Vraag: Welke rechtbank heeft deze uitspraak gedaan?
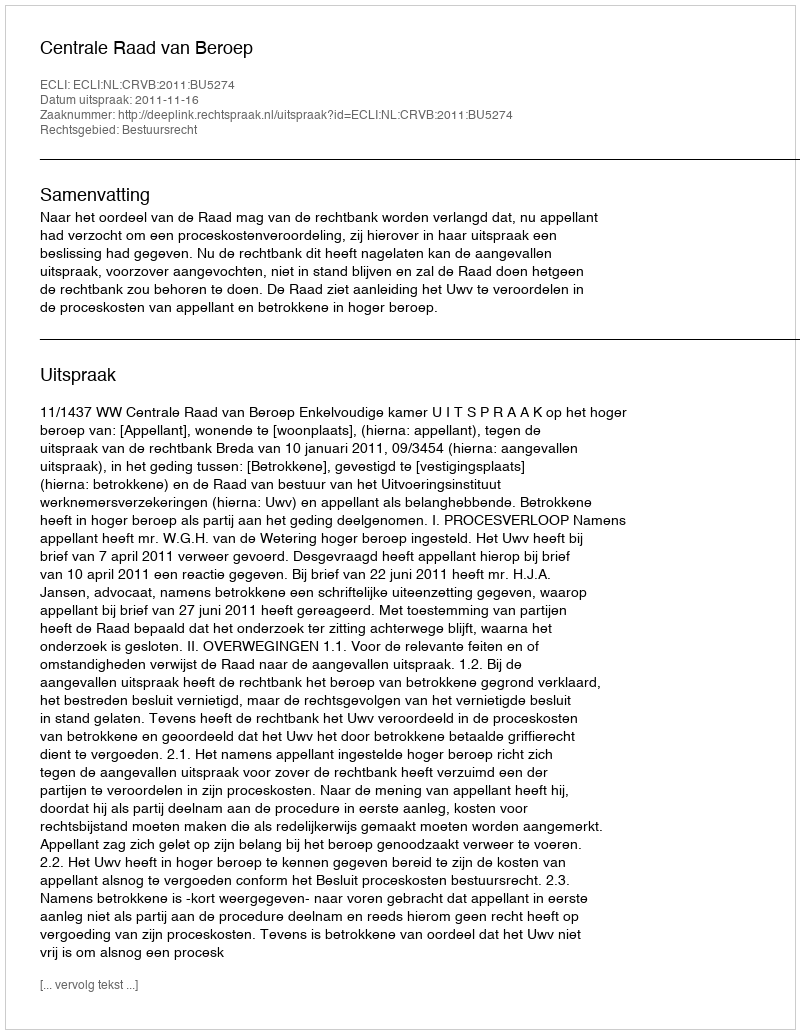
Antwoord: Centrale Raad van Beroep